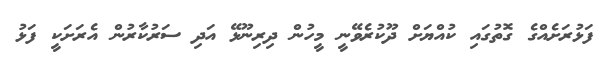
ފަޅުރަށެއްގެ ގޮތުގައި ކުއްޔަށް ދޫކުރެވޭނީ މީހުން ދިރިނޫޅޭ އަދި ސަރުކާރުން އެރަށަކީ ފަޅު